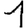
Digit: 1